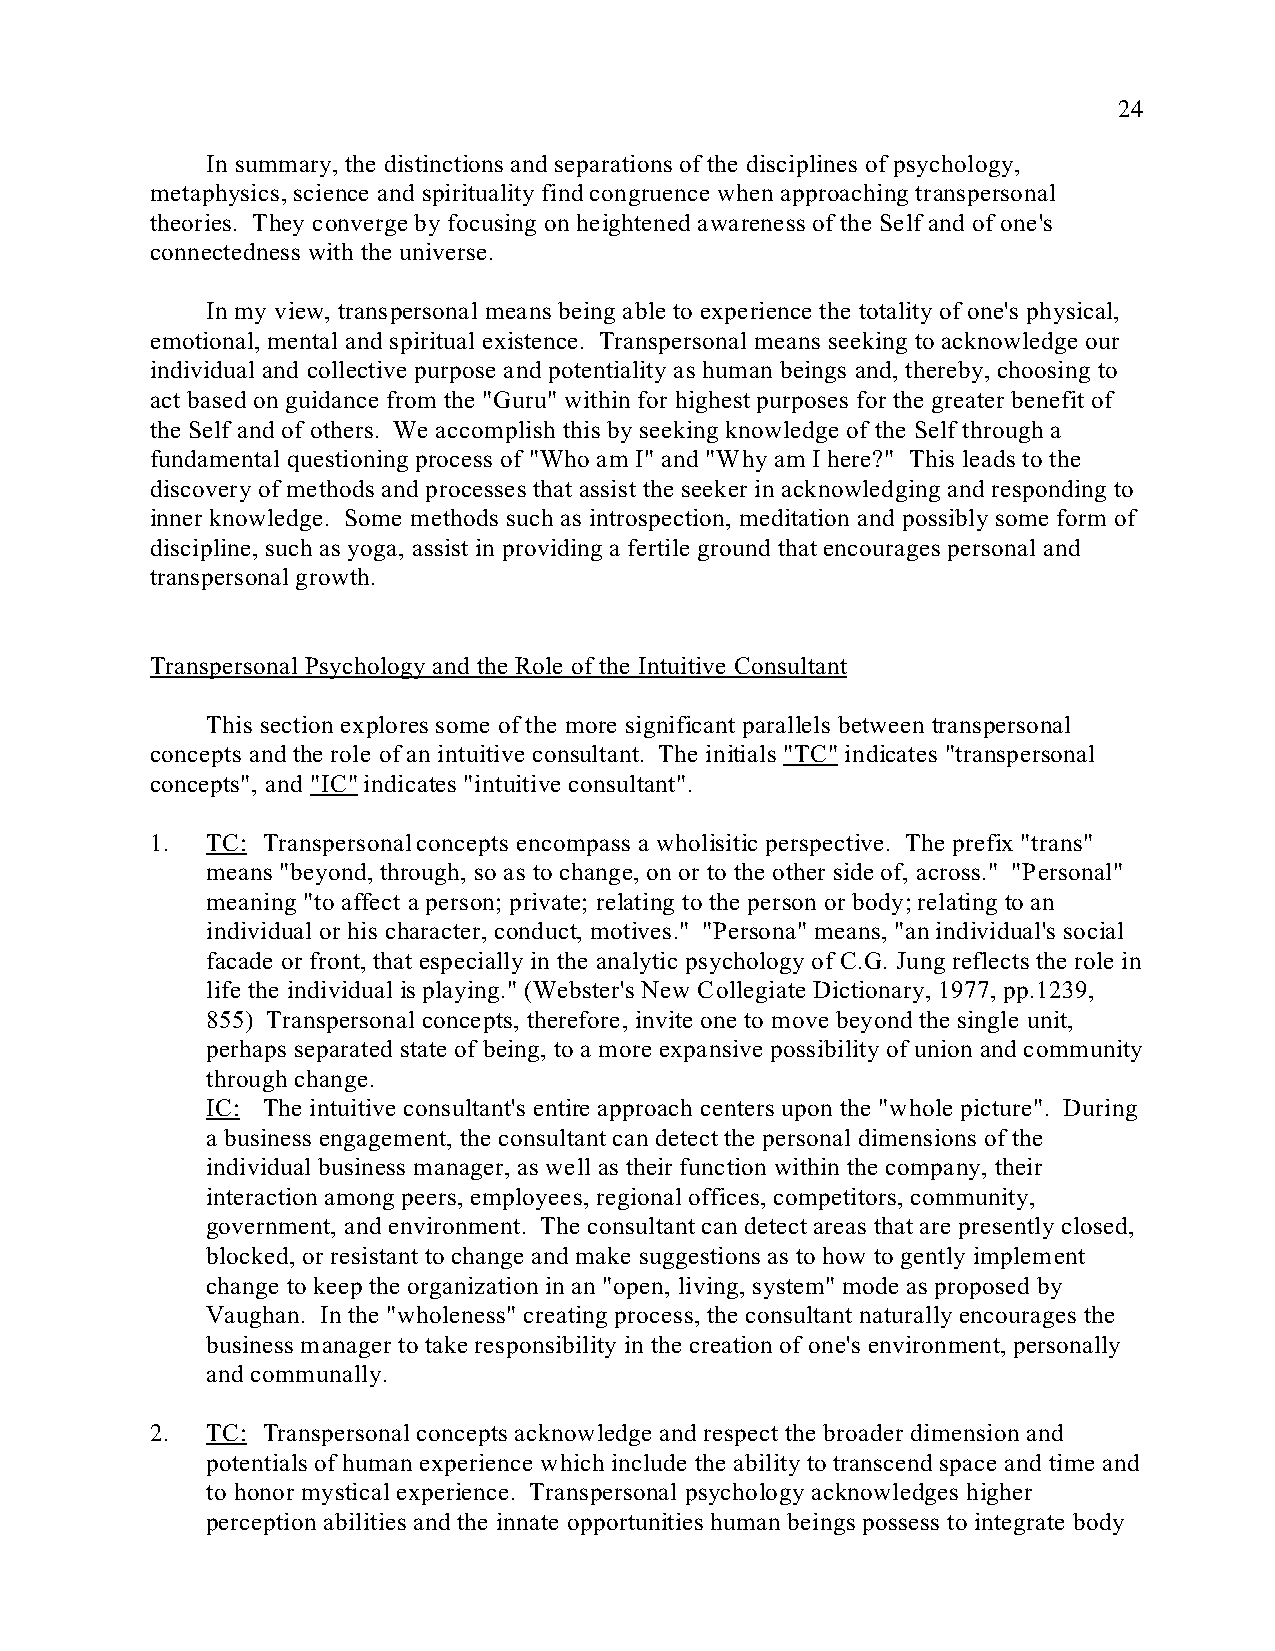
24
 In summary, the distinctions and separations of the disciplines of psychology,
 metaphysics, science and spirituality find congruence when approaching transpersonal
 theories. They converge by focusing on heightened awareness of the Self and of one's
 connectedness with the universe.
 In my view, transpersonal means being able to experience the totality of one's physical,
 emotional, mental and spiritual existence. Transpersonal means seeking to acknowledge our
 individual and collective purpose and potentiality as human beings and, thereby, choosing to
 act based on guidance from the "Guru" within for highest purposes for the greater benefit of
 the Self and of others. We accomplish this by seeking knowledge of the Self through a
 fundamental questioning process of "Who am I" and "Why am I here?" This leads to the
 discovery of methods and processes that assist the seeker in acknowledging and responding to
 inner knowledge. Some methods such as introspection, meditation and possibly some form of
 discipline, such as yoga, assist in providing a fertile ground that encourages personal and
 transpersonal growth.
 Transpersonal Psychology and the Role of the Intuitive Consultant
 This section explores some of the more significant parallels between transpersonal
 concepts and the role of an intuitive consultant. The initials "TC" indicates "transpersonal
 concepts", and "IC" indicates "intuitive consultant".
 1.  TC: Transpersonal concepts encompass a wholisitic perspective. The prefix "trans"
 means "beyond, through, so as to change, on or to the other side of, across." "Personal"
 meaning "to affect a person; private; relating to the person or body; relating to an
 individual or his character, conduct, motives." "Persona" means, "an individual's social
 facade or front, that especially in the analytic psychology of C.G. Jung reflects the role in
 life the individual is playing." (Webster's New Collegiate Dictionary, 1977, pp.1239,
 855) Transpersonal concepts, therefore, invite one to move beyond the single unit,
 perhaps separated state of being, to a more expansive possibility of union and community
 through change.
 IC: The intuitive consultant's entire approach centers upon the "whole picture". During
 a business engagement, the consultant can detect the personal dimensions of the
 individual business manager, as well as their function within the company, their
 interaction among peers, employees, regional offices, competitors, community,
 government, and environment. The consultant can detect areas that are presently closed,
 blocked, or resistant to change and make suggestions as to how to gently implement
 change to keep the organization in an "open, living, system" mode as proposed by
 Vaughan. In the "wholeness" creating process, the consultant naturally encourages the
 business manager to take responsibility in the creation of one's environment, personally
 and communally.
 2.  TC: Transpersonal concepts acknowledge and respect the broader dimension and
 potentials of human experience which include the ability to transcend space and time and
 to honor mystical experience. Transpersonal psychology acknowledges higher
 perception abilities and the innate opportunities human beings possess to integrate body